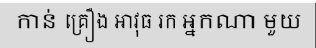
កាន់ គ្រឿង អាវុធ រក អ្នកណា មួយ